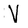
Character: V